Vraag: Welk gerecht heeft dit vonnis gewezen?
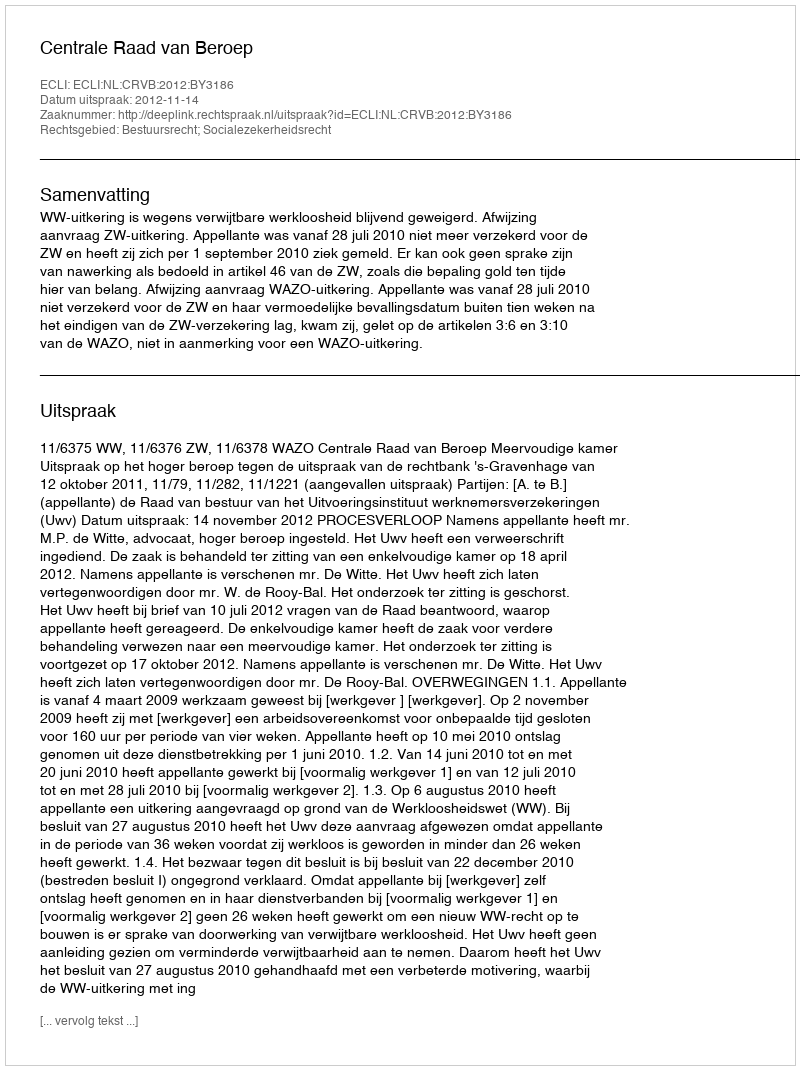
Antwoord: Centrale Raad van Beroep